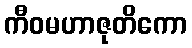
ကီဝမဟာဇုတိကော